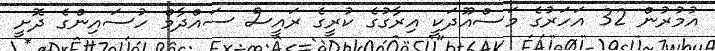
އުމުރުން 32 އަހަރުގެ މަސްއޫދަކީ އިރާގުގެ ކުރީގެ ރައީސް ސައްދާމް ހުސައިންގެ ދޮށީ